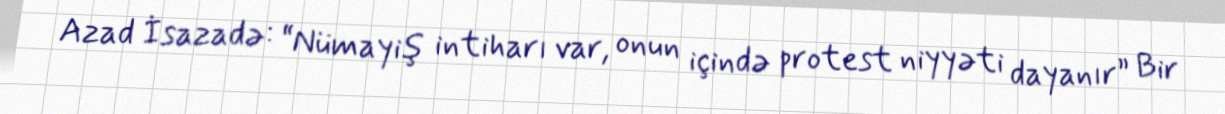
Azad İsazadə: “Nümayiş intiharı var, onun içində protest niyyəti dayanır” Bir